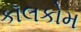
કૉલકોમ